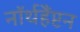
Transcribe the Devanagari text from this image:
नॉर्थहैंप्टन